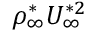
\rho _ { \infty } ^ { \ast } U _ { \infty } ^ { \ast 2 }